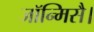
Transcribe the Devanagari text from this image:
जॉन्मिसै।